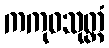
ကကုဓသုတ္တံ